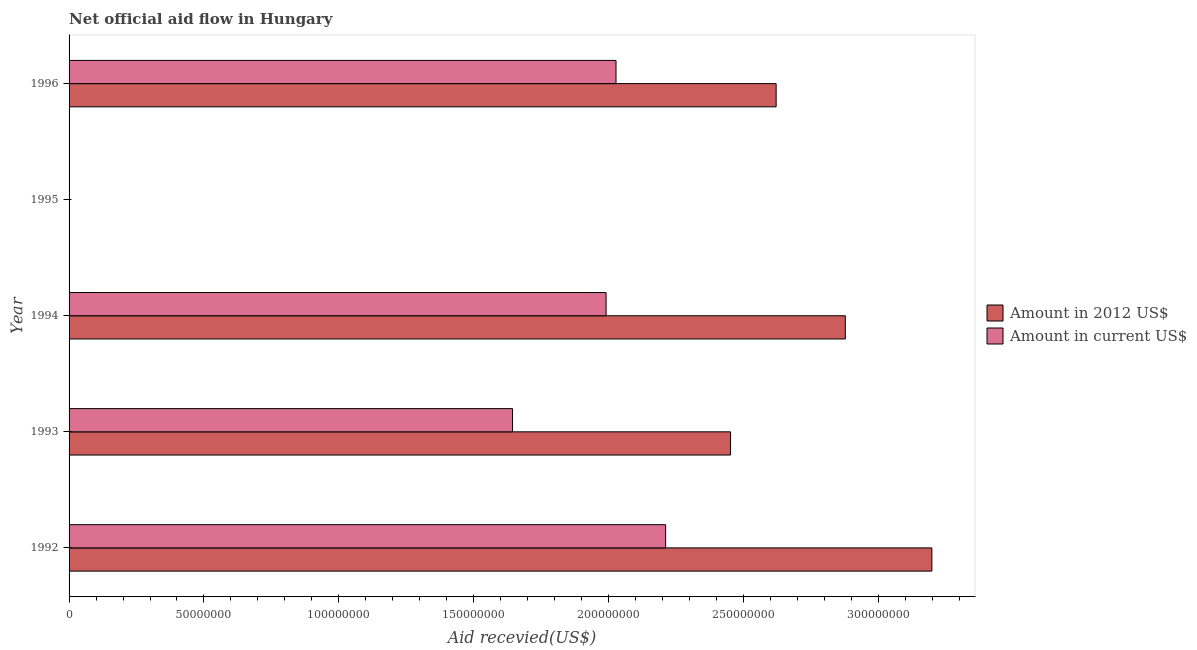
| Year | Amount in 2012 US$ | Amount in current US$ |
 | --- | --- | --- |
 | 1992 | 3.2e+08 | 2.21e+08 |
 | 1993 | 2.45e+08 | 1.64e+08 |
 | 1994 | 2.88e+08 | 1.99e+08 |
 | 1995 | -3.23e+08 | -2.45e+08 |
 | 1996 | 2.62e+08 | 2.03e+08 |